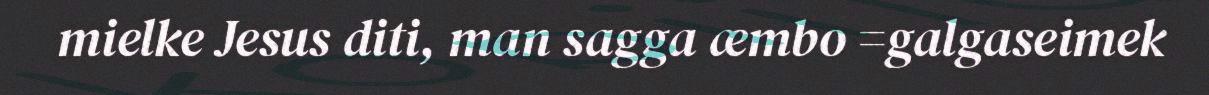
mielke Jesus diti, man sagga æmbo =galgaseimek